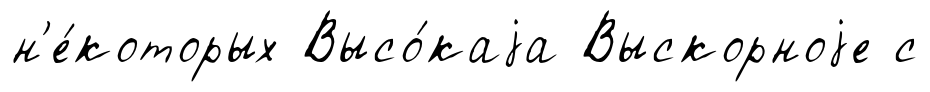
н'е́которых Высо́каjа Выскорноjе с